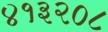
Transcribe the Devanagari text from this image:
४१३२०८